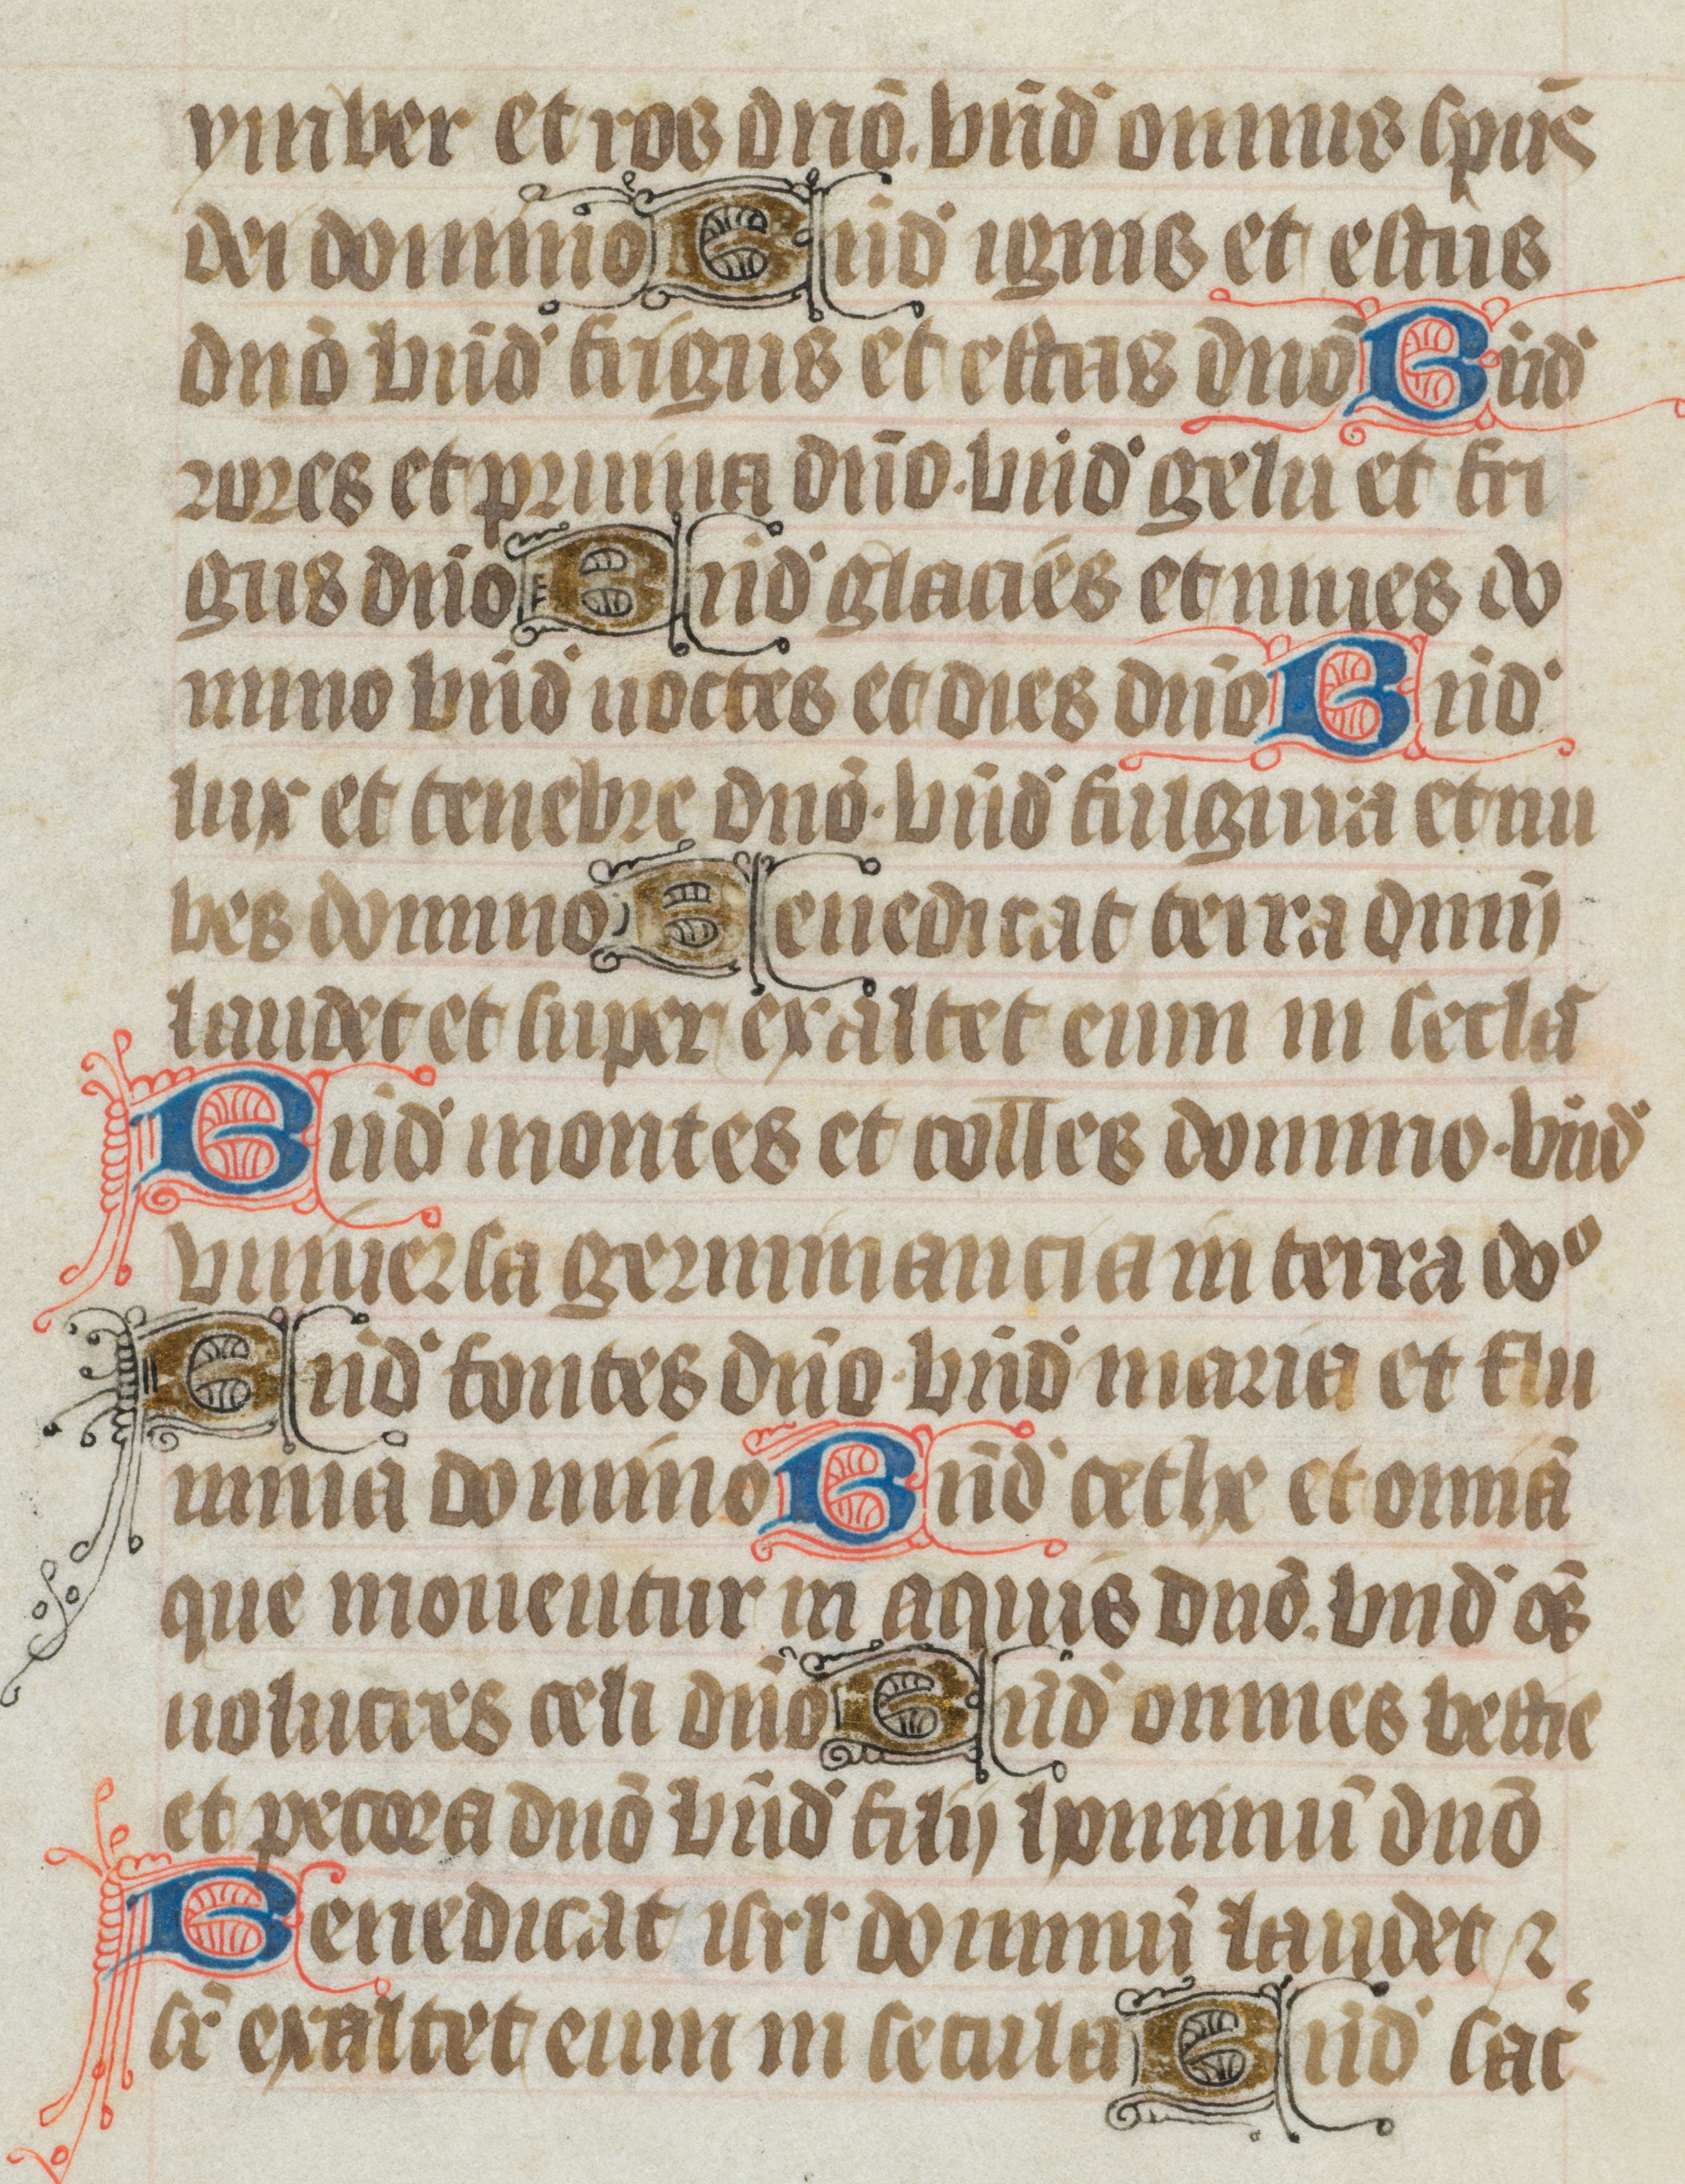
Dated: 1400–1499